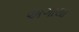
અગાથા